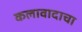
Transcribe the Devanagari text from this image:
कलावादाचा